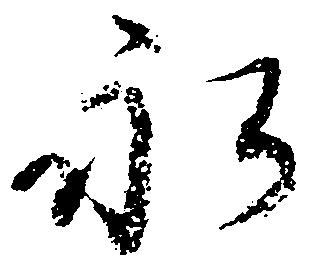
永